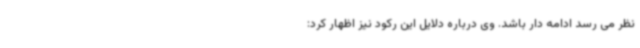
نظر می رسد ادامه دار باشد. وی درباره دلایل این رکود نیز اظهار کرد: